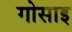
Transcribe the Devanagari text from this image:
गोसाइ